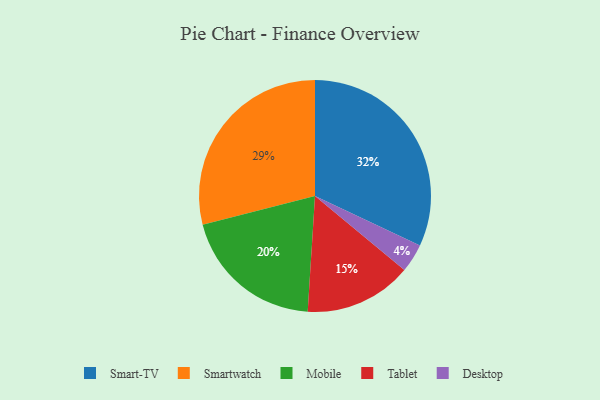
{"axis": {"x": "Category", "y": "Percentage"}, "legend": ["Desktop", "Mobile", "Smart-TV", "Smartwatch", "Tablet"], "data": [{"x": "Smart-TV", "y": 32, "type": "Smart-TV"}, {"x": "Tablet", "y": 15, "type": "Tablet"}, {"x": "Mobile", "y": 20, "type": "Mobile"}, {"x": "Desktop", "y": 4, "type": "Desktop"}, {"x": "Smartwatch", "y": 29, "type": "Smartwatch"}]}